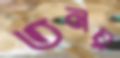
তনয়